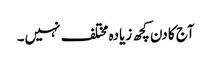
آج کا دن کچھ زیادہ مختلف نہیں۔